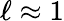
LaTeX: \ell\approx 1